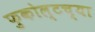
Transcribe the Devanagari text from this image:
फुकोल्टच्या